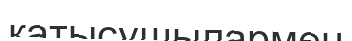
қатысушылармен